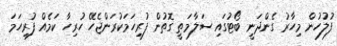
ފުލުހުން މިހާރު ގެންދަނީ ބޯޓުގައި ސަލާމަތީ ގޮތުން ފުރިހަމަކުރަންޖެހޭ ހުރިހާ ކަމެއް ފުރިހަމަ